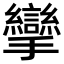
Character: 攣